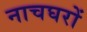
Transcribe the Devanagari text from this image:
नाचघरों